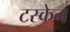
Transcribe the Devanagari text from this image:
टस्केन